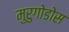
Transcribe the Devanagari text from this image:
मुरुगोडोस